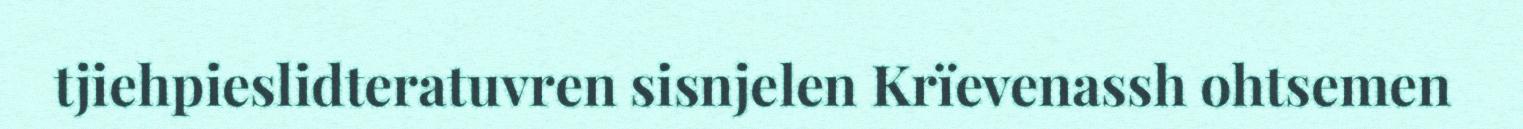
tjiehpieslidteratuvren sisnjelen Krïevenassh ohtsemen